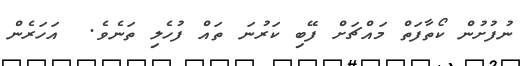
ނުފުށުން ކޯތާފަތް މައްޗަށް ފޭބި ކަރުނަ ތައް ފުހެލި ތަނެވެ.  އަހަރެން